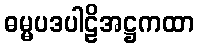
ဓမ္မပဒပါဠိအဋ္ဌကထာ